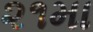
૨૧મા